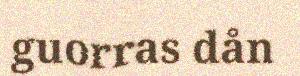
guorras dån